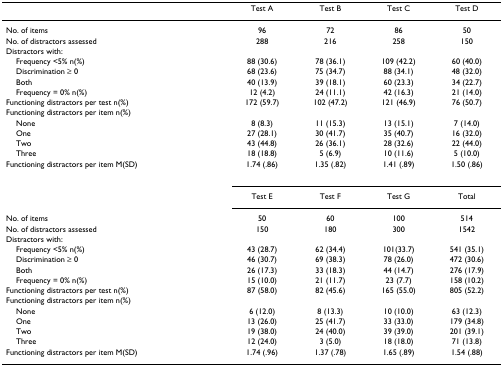
<table><thead><tr><td></td><td><b>Test A</b></td><td><b>Test B</b></td><td><b>Test C</b></td><td><b>Test D</b></td></tr></thead><tbody><tr><td>No. of items</td><td>96</td><td>72</td><td>86</td><td>50</td></tr><tr><td>No. of distractors assessed</td><td>288</td><td>216</td><td>258</td><td>150</td></tr><tr><td>Distractors with:</td><td></td><td></td><td></td><td></td></tr><tr><td> Frequency &lt;5% n(%)</td><td>88 (30.6)</td><td>78 (36.1)</td><td>109 (42.2)</td><td>60 (40.0)</td></tr><tr><td> Discrimination ≥ 0</td><td>68 (23.6)</td><td>75 (34.7)</td><td>88 (34.1)</td><td>48 (32.0)</td></tr><tr><td> Both</td><td>40 (13.9)</td><td>39 (18.1)</td><td>60 (23.3)</td><td>34 (22.7)</td></tr><tr><td> Frequency = 0% n(%)</td><td>12 (4.2)</td><td>24 (11.1)</td><td>42 (16.3)</td><td>21 (14.0)</td></tr><tr><td>Functioning distractors per test n(%)</td><td>172 (59.7)</td><td>102 (47.2)</td><td>121 (46.9)</td><td>76 (50.7)</td></tr><tr><td>Functioning distractors per item n(%)</td><td></td><td></td><td></td><td></td></tr><tr><td> None</td><td>8 (8.3)</td><td>11 (15.3)</td><td>13 (15.1)</td><td>7 (14.0)</td></tr><tr><td> One</td><td>27 (28.1)</td><td>30 (41.7)</td><td>35 (40.7)</td><td>16 (32.0)</td></tr><tr><td> Two</td><td>43 (44.8)</td><td>26 (36.1)</td><td>28 (32.6)</td><td>22 (44.0)</td></tr><tr><td> Three</td><td>18 (18.8)</td><td>5 (6.9)</td><td>10 (11.6)</td><td>5 (10.0)</td></tr><tr><td>Functioning distractors per item M(SD)</td><td>1.74 (.86)</td><td>1.35 (.82)</td><td>1.41 (.89)</td><td>1.50 (.86)</td></tr><tr><td></td><td>Test E</td><td>Test F</td><td>Test G</td><td>Total</td></tr><tr><td>No. of items</td><td>50</td><td>60</td><td>100</td><td>514</td></tr><tr><td>No. of distractors assessed</td><td>150</td><td>180</td><td>300</td><td>1542</td></tr><tr><td>Distractors with:</td><td></td><td></td><td></td><td></td></tr><tr><td> Frequency &lt;5% n(%)</td><td>43 (28.7)</td><td>62 (34.4)</td><td>101(33.7)</td><td>541 (35.1)</td></tr><tr><td> Discrimination ≥ 0</td><td>46 (30.7)</td><td>69 (38.3)</td><td>78 (26.0)</td><td>472 (30.6)</td></tr><tr><td> Both</td><td>26 (17.3)</td><td>33 (18.3)</td><td>44 (14.7)</td><td>276 (17.9)</td></tr><tr><td> Frequency = 0% n(%)</td><td>15 (10.0)</td><td>21 (11.7)</td><td>23 (7.7)</td><td>158 (10.2)</td></tr><tr><td>Functioning distractors per test n(%)</td><td>87 (58.0)</td><td>82 (45.6)</td><td>165 (55.0)</td><td>805 (52.2)</td></tr><tr><td>Functioning distractors per item n(%)</td><td></td><td></td><td></td><td></td></tr><tr><td> None</td><td>6 (12.0)</td><td>8 (13.3)</td><td>10 (10.0)</td><td>63 (12.3)</td></tr><tr><td> One</td><td>13 (26.0)</td><td>25 (41.7)</td><td>33 (33.0)</td><td>179 (34.8)</td></tr><tr><td> Two</td><td>19 (38.0)</td><td>24 (40.0)</td><td>39 (39.0)</td><td>201 (39.1)</td></tr><tr><td> Three</td><td>12 (24.0)</td><td>3 (5.0)</td><td>18 (18.0)</td><td>71 (13.8)</td></tr><tr><td>Functioning distractors per item M(SD)</td><td>1.74 (.96)</td><td>1.37 (.78)</td><td>1.65 (.89)</td><td>1.54 (.88)</td></tr></tbody></table>